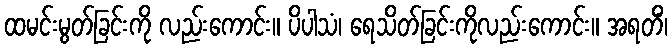
ထမင်းမွတ်ခြင်းကို လည်းကောင်း။ ပိပါသံ၊ ရေသိတ်ခြင်းကိုလည်းကောင်း။ အရတိံ၊